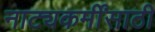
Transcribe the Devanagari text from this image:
नाट्यकर्मींसाठी